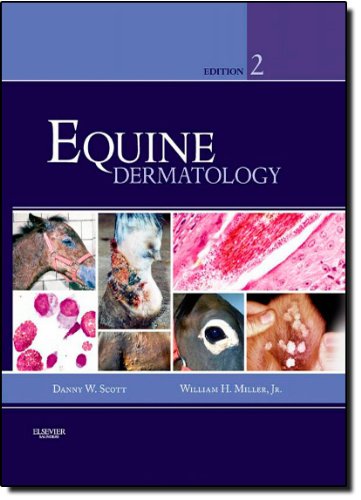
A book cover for Equine Dermatology, 2e; Danny W. Scott DVM  DACVD; Medical Books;